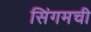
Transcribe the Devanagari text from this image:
सिंगमची